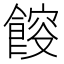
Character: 𩜯